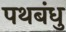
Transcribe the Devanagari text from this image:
पथबंधु